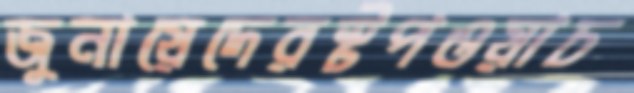
জুনায়েদেরস্টপওয়াচ